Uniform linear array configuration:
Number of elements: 24
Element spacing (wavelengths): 0.5
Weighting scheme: hamming
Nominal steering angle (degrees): -30
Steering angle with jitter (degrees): -31.741
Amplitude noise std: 0.05
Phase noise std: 0.05

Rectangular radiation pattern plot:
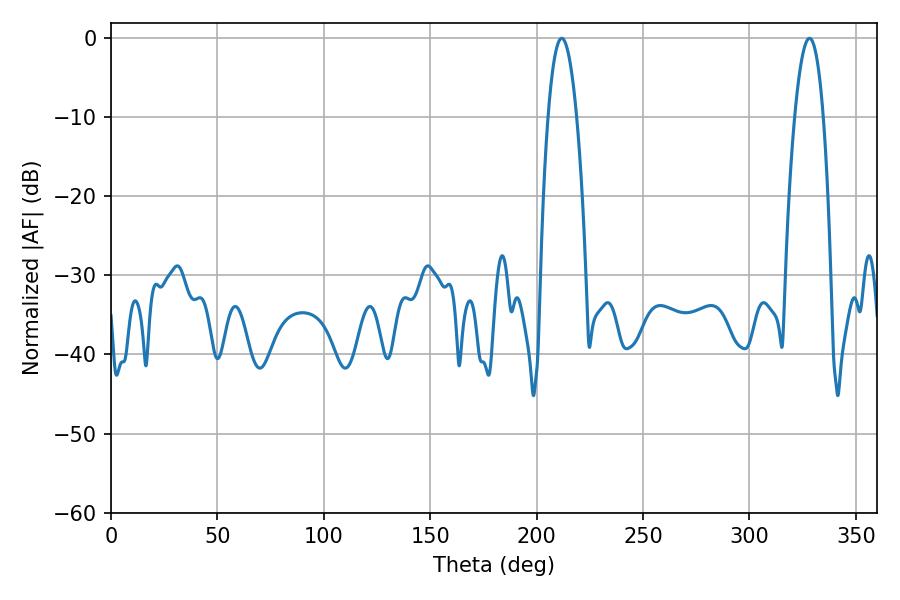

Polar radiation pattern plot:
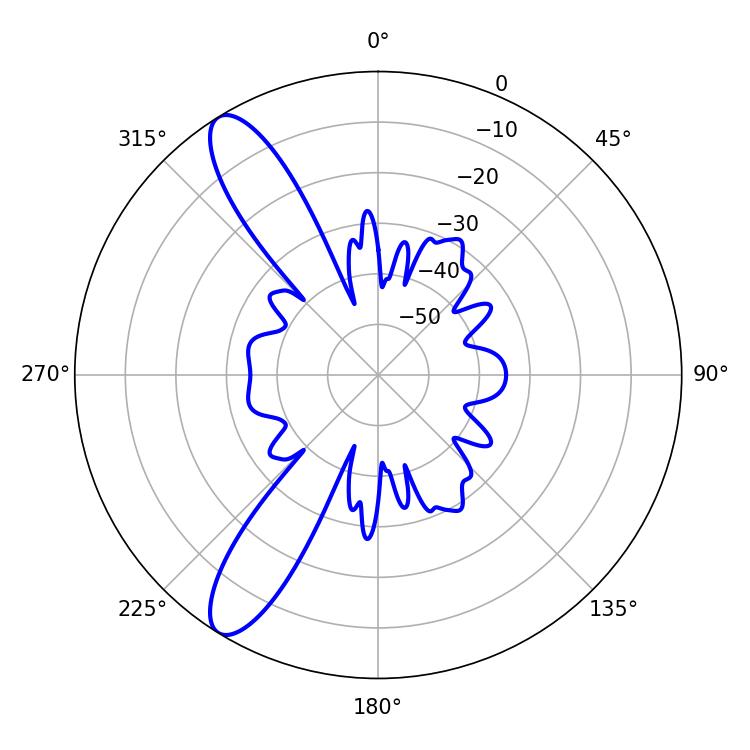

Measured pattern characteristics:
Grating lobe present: FALSE
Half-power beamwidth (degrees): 7.56
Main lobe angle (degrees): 211.86